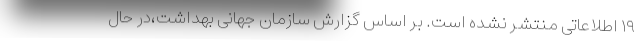
۱۹ اطلاعاتی منتشر نشده است. بر اساس گزارش سازمان جهانی بهداشت،در حال